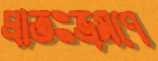
প্রাতঃভ্রমণে